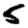
Digit: 5